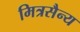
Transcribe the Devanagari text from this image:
मित्रसैन्य